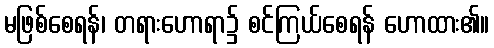
မဖြစ်စေရန်၊ တရားဟောရာ၌ စင်ကြယ်စေရန် ဟောထား၏။